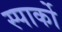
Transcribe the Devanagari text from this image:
स्पार्को